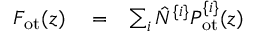
\begin{array} { r l r } { F _ { \mathrm { o t } } ( z ) } & { { } = } & { \sum _ { i } \hat { N } ^ { \{ i \} } P _ { \mathrm { o t } } ^ { \{ i \} } ( z ) } \end{array}